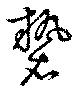
褺